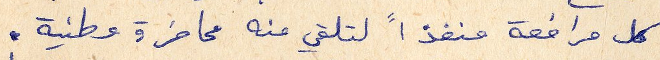
كل مرافعة منفذاً لتلقي منه محاضرة وطنية.